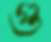
গু